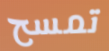
تمسح